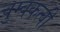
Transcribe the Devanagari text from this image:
चुम्बकत्वी